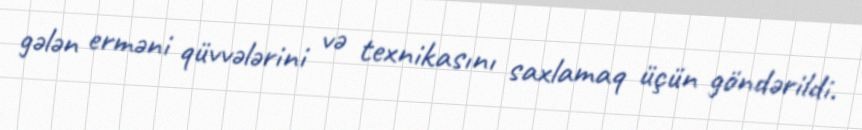
gələn erməni qüvvələrini və texnikasını saxlamaq üçün göndərildi.